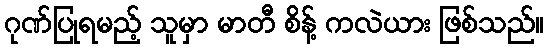
ဂုဏ်ပြုရမည့် သူမှာ မာတီ စိန့် ကလဲယား ဖြစ်သည်။